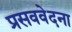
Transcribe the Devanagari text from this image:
प्रसववेदना